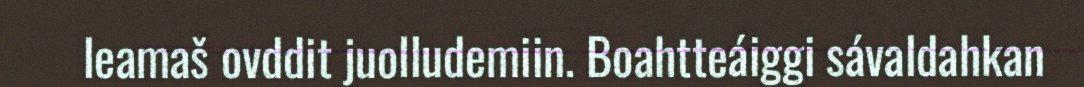
leamaš ovddit juolludemiin. Boahtteáiggi sávaldahkan